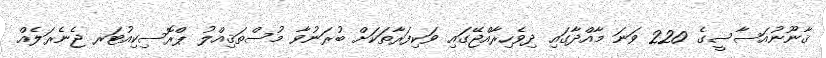
ޤާނޫނުއަސާސީގެ 220 ވަނަ މާއްދާގައި ދިވެހިރާއްޖޭގައި ވަކިފަރާތަކަށް ބުރަނުވާ މުސްތަޤިއްލު ޕްރޮސިކިއުޓަރ ޖެނެރަލެއް